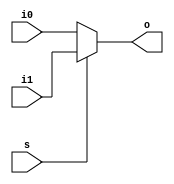
module MUX_2to1#(
    parameter DATA_WIDTH = 16
)(
    s,   // Select
    i0,  // Mux Data 0
    i1,  // Mux Data 1
    o    // Mux output
);
//*****************************************************************************
    // I/O port declaration
    input           s; // Select
    input  [DATA_WIDTH-1:0] i0;  // Mux Data 0
    input  [DATA_WIDTH-1:0] i1;  // Mux Data 1
    output [DATA_WIDTH-1:0] o;   // Mux output

    // System conection
    // Output
    assign o = (s) ? i1 : i0;
//*****************************************************************************
endmodule